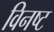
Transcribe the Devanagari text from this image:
विनष्‍ट